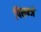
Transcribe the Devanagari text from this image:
पिसन्जे